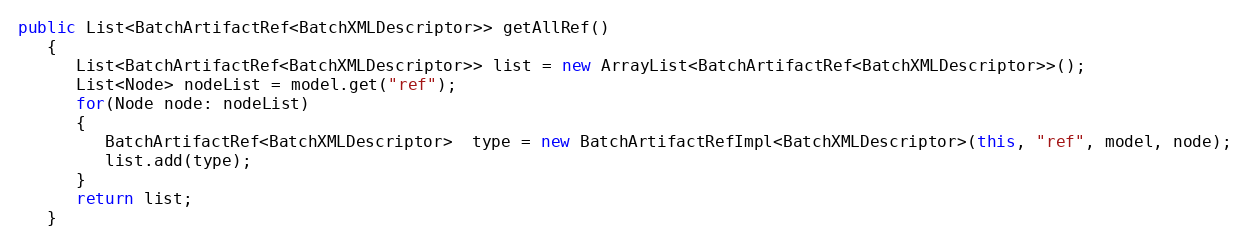
Language: Java
public List<BatchArtifactRef<BatchXMLDescriptor>> getAllRef()
   {
      List<BatchArtifactRef<BatchXMLDescriptor>> list = new ArrayList<BatchArtifactRef<BatchXMLDescriptor>>();
      List<Node> nodeList = model.get("ref");
      for(Node node: nodeList)
      {
         BatchArtifactRef<BatchXMLDescriptor>  type = new BatchArtifactRefImpl<BatchXMLDescriptor>(this, "ref", model, node);
         list.add(type);
      }
      return list;
   }